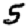
Digit: 5